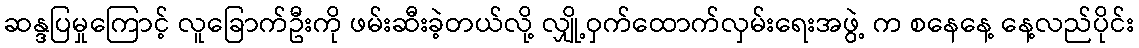
ဆန္ဒပြမှုကြောင့် လူခြောက်ဦးကို ဖမ်းဆီးခဲ့တယ်လို့ လျှို့ဝှက်ထောက်လှမ်းရေးအဖွဲ့ က စနေနေ့ နေ့လည်ပိုင်း